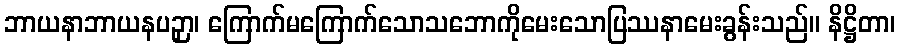
ဘာယနာဘာယနပဉှာ၊ ကြောက်မကြောက်သောသဘောကိုမေးသောပြဿနာမေးခွန်းသည်။ နိဋ္ဌိတာ၊